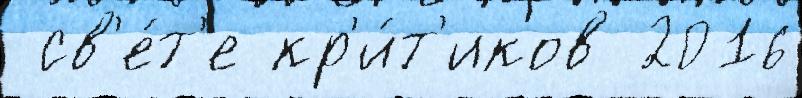
 св'е́т'е кр'и́т'иков 2016